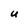
Character: U